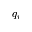
q _ { v }